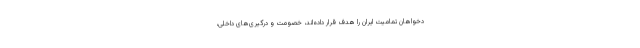
دخواهان تمامیت ایران را هدف قرار داده‌اند، خصومت و درگیری‌های داخلی،